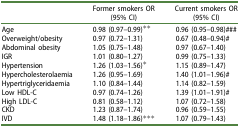
<table><thead><tr><td><b> </b></td><td><b>Former smokers OR (95% CI)</b></td><td><b>Current smokers OR (95% CI)</b></td></tr></thead><tbody><tr><td>Age</td><td>0.98 (0.97–0.99)**</td><td>0.96 (0.95–0.98)###</td></tr><tr><td>Overweight/obesity</td><td>0.97 (0.72–1.31)</td><td>0.67 (0.48–0.94)#</td></tr><tr><td>Abdominal obesity</td><td>1.05 (0.75–1.48)</td><td>0.97 (0.67–1.40)</td></tr><tr><td>IGR</td><td>1.01 (0.80–1.27)</td><td>0.99 (0.75–1.33)</td></tr><tr><td>Hypertension</td><td>1.26 (1.03–1.56)*</td><td>1.15 (0.89–1.47)</td></tr><tr><td>Hypercholesterolaemia</td><td>1.26 (0.95–1.69)</td><td>1.40 (1.01–1.96)#</td></tr><tr><td>Hypertriglyceridaemia</td><td>1.10 (0.84–1.44)</td><td>1.14 (0.82–1.59)</td></tr><tr><td>Low HDL-C</td><td>0.97 (0.74–1.26)</td><td>1.39 (1.01–1.91)#</td></tr><tr><td>High LDL-C</td><td>0.81 (0.58–1.12)</td><td>1.07 (0.72–1.58)</td></tr><tr><td>CKD</td><td>1.23 (0.87–1.74)</td><td>0.96 (0.59–1.55)</td></tr><tr><td>IVD</td><td>1.48 (1.18–1.86)***</td><td>1.07 (0.79–1.43)</td></tr></tbody></table>